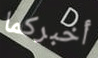
أخبركما